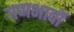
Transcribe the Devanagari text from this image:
गणभावों